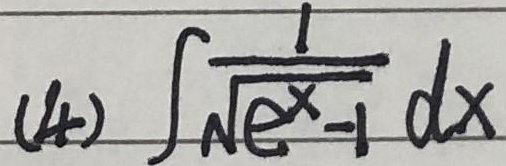
(4) \(\int\frac{1}{\sqrt{e^{x}-1}}dx\)